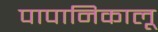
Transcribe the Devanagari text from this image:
पापानिकालू